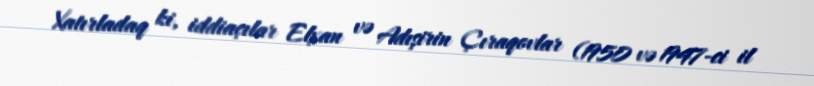
Xatırladaq ki, iddiaçılar Elxan və Adışirin Çıraqovlar (1950 və 1947-ci il